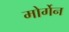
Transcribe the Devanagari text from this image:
मोर्गेन